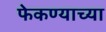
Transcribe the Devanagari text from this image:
फेकण्याच्या